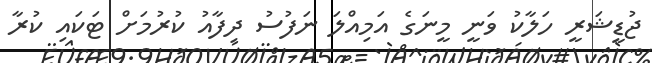
ޖުޑީޝަރީ ހަލާކު ވަނީ މީނަގެ އަމިއްލަ ނަފުސު ދިފާއު ކުރުމަށް ޓަކައި ކުރާ